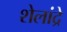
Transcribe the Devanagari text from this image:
शेलांद्रे